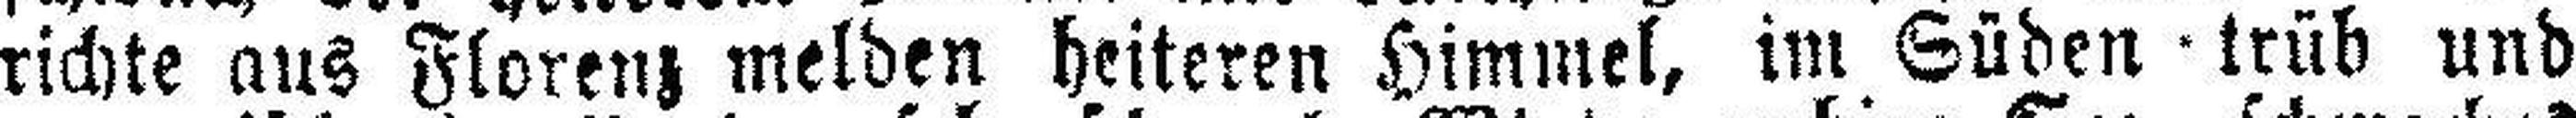
richte aus Florenz melden heiteren Himmel, im Süden - trüb und